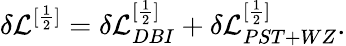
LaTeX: \delta{\cal L}^{[\frac{1}{2}]}=\delta{\cal L}_{DBI}^{[\frac{1}{2}]}+\delta{\cal L}_{PST+WZ}^{[\frac{1}{2}]}.